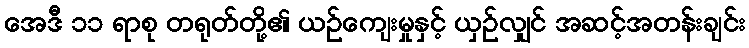
အေဒီ ၁၁ ရာစု တရုတ်တို့၏ ယဉ်ကျေးမှုနှင့် ယှဉ်လျှင် အဆင့်အတန်းချင်း